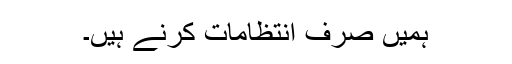
ہمیں صرف انتظامات کرنے ہیں۔